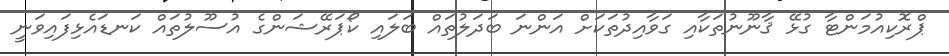
ޕްރޮކިއުމަންޓާ ގުޅޭ ޤާނޫނުތަކާއި ގަވާއިދުތަކަށް އަންނަ ބަދަލުތައް ބަލައި ކޯޕަރޭޝަންގެ އުސޫލުތައް ކަނޑައެޅިފައިވަނީ